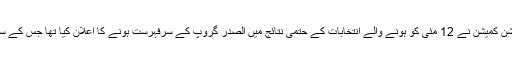
اس سے قبل عراقی الیکشن کمیشن نے 12 مئی کو ہونے والے انتخابات کے حتمی نتائج میں الصدر گروپ کے سرفہرست ہونے کا اعلان کیا تھا جس کے سربراہ مقتدی الصدر ہیں۔